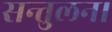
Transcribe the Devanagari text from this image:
सन्तुलन।